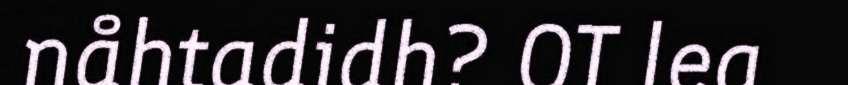
nåhtadidh? OT lea